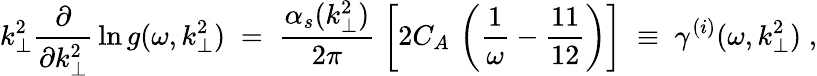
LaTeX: k_{\perp}^{2}\frac{\partial}{\partial k_{\perp}^{2}}\, \ln g(\omega,k_{\perp}^{2})\; =\; \frac{\alpha_{s}(k_{\perp}^{2})}{2\pi}\; \left[2C_{A}\, \left(\frac{1}{\omega}-\frac{11}{12}\right)\right]\; \equiv\; \gamma^{(i)}(\omega,k_{\perp}^{2})\; ,